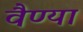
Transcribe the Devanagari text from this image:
वैण्या